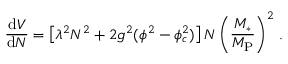
\frac { \mathrm { d } V } { \mathrm { d } N } = \left[ \lambda ^ { 2 } N ^ { 2 } + 2 g ^ { 2 } ( \phi ^ { 2 } - \phi _ { c } ^ { 2 } ) \right] N \left( \frac { M _ { * } } { M _ { \mathrm { P } } } \right) ^ { 2 } \, .